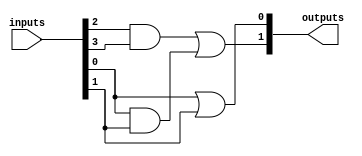
module masked_pal #(
    parameter NUM_INPUTS = 4, // Number of inputs
    parameter NUM_AND_GATES = 4, // Number of AND gates
    parameter NUM_OR_OUTPUTS = 2 // Number of OR outputs
)(
    input  [NUM_INPUTS-1:0] inputs, // Input lines
    output [NUM_OR_OUTPUTS-1:0] outputs // Logic outputs
);

// Internal signals for AND gate outputs
wire [NUM_AND_GATES-1:0] and_out;

// Programmable AND logic implementation
generate
    genvar i;
    for (i = 0; i < NUM_AND_GATES; i = i + 1) begin: and_gates
        // Masking logic: Each AND gate can respond to different combinations of inputs
        // Here, we assume the connections are defined through a mask array
        // For this example, we use a simple case where each AND gate has predetermined connections
        wire and_input_1 = (i == 0) ? inputs[0] : 1'b0;
        wire and_input_2 = (i == 1) ? inputs[1] : 1'b0;
        wire and_input_3 = (i == 2) ? (inputs[2] & inputs[3]) : 1'b0;
        wire and_input_4 = (i == 3) ? (inputs[0] & inputs[1]) : 1'b0;

        assign and_out[i] = and_input_1 | and_input_2 | and_input_3 | and_input_4;
    end
endgenerate

// Fixed OR gates implementation
assign outputs[0] = and_out[0] | and_out[1]; // OR gate 1
assign outputs[1] = and_out[2] | and_out[3]; // OR gate 2

endmodule